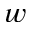
w